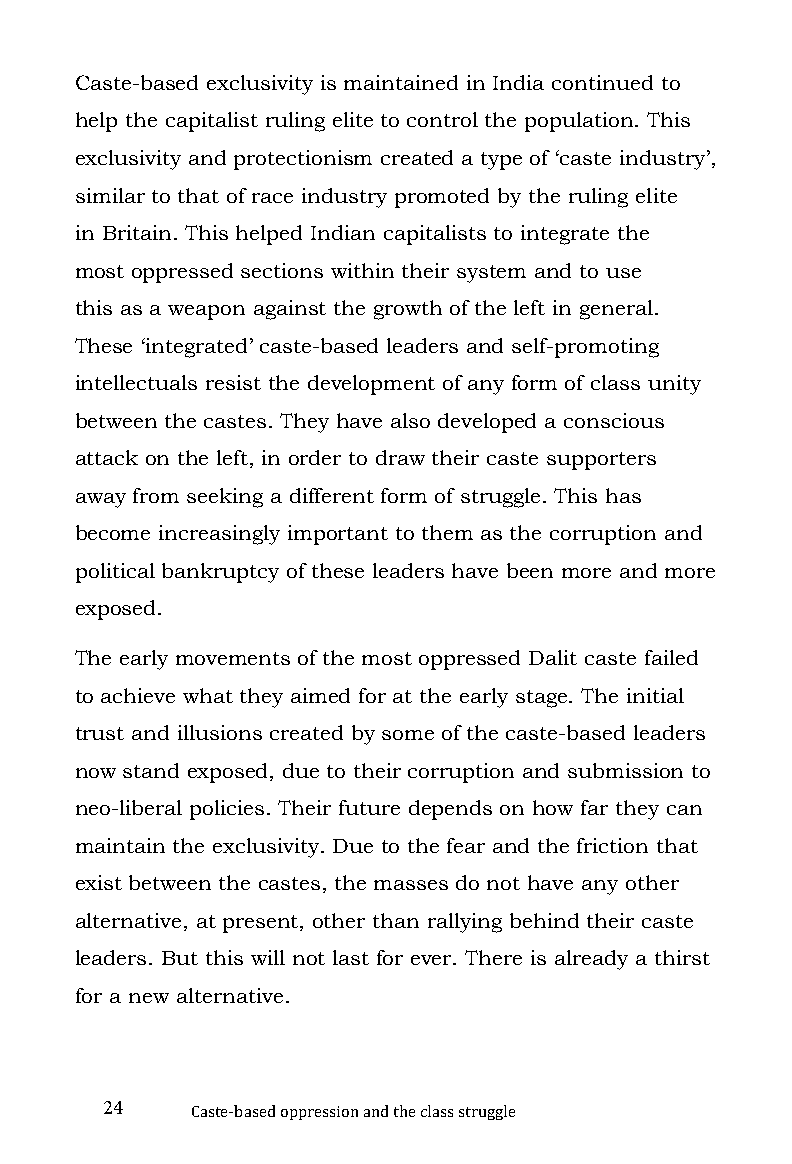
Caste-based exclusivity is maintained in India continued to
 help the capitalist ruling elite to control the population. This
 exclusivity and protectionism created a type of ‘caste industry’,
 similar to that of race industry promoted by the ruling elite
 in Britain. This helped Indian capitalists to integrate the
 most oppressed sections within their system and to use
 this as a weapon against the growth of the left in general.
 These ‘integrated’ caste-based leaders and self-promoting
 intellectuals resist the development of any form of class unity
 between the castes. They have also developed a conscious
 attack on the left, in order to draw their caste supporters
 away from seeking a different form of struggle. This has
 become increasingly important to them as the corruption and
 political bankruptcy of these leaders have been more and more
 exposed.
 The early movements of the most oppressed Dalit caste failed
 to achieve what they aimed for at the early stage. The initial
 trust and illusions created by some of the caste-based leaders
 now stand exposed, due to their corruption and submission to
 neo-liberal policies. Their future depends on how far they can
 maintain the exclusivity. Due to the fear and the friction that
 exist between the castes, the masses do not have any other
 alternative, at present, other than rallying behind their caste
 leaders. But this will not last for ever. There is already a thirst
 for a new alternative.
 24
 Caste-based oppression and the class struggle